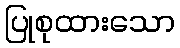
ပြုစုထားသော